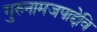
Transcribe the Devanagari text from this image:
गुरुनामजपाद्देवि